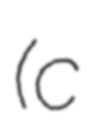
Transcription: (c